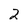
Character: 2